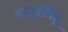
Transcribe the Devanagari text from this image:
असुरवितु